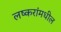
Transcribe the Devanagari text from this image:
लष्करांमधील